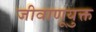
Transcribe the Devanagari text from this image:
जीवाणूयुक्त